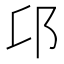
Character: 𨙪